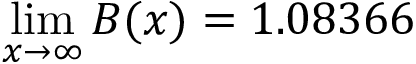
\operatorname* { l i m } _ { x \to \infty } B ( x ) = 1 . 0 8 3 6 6